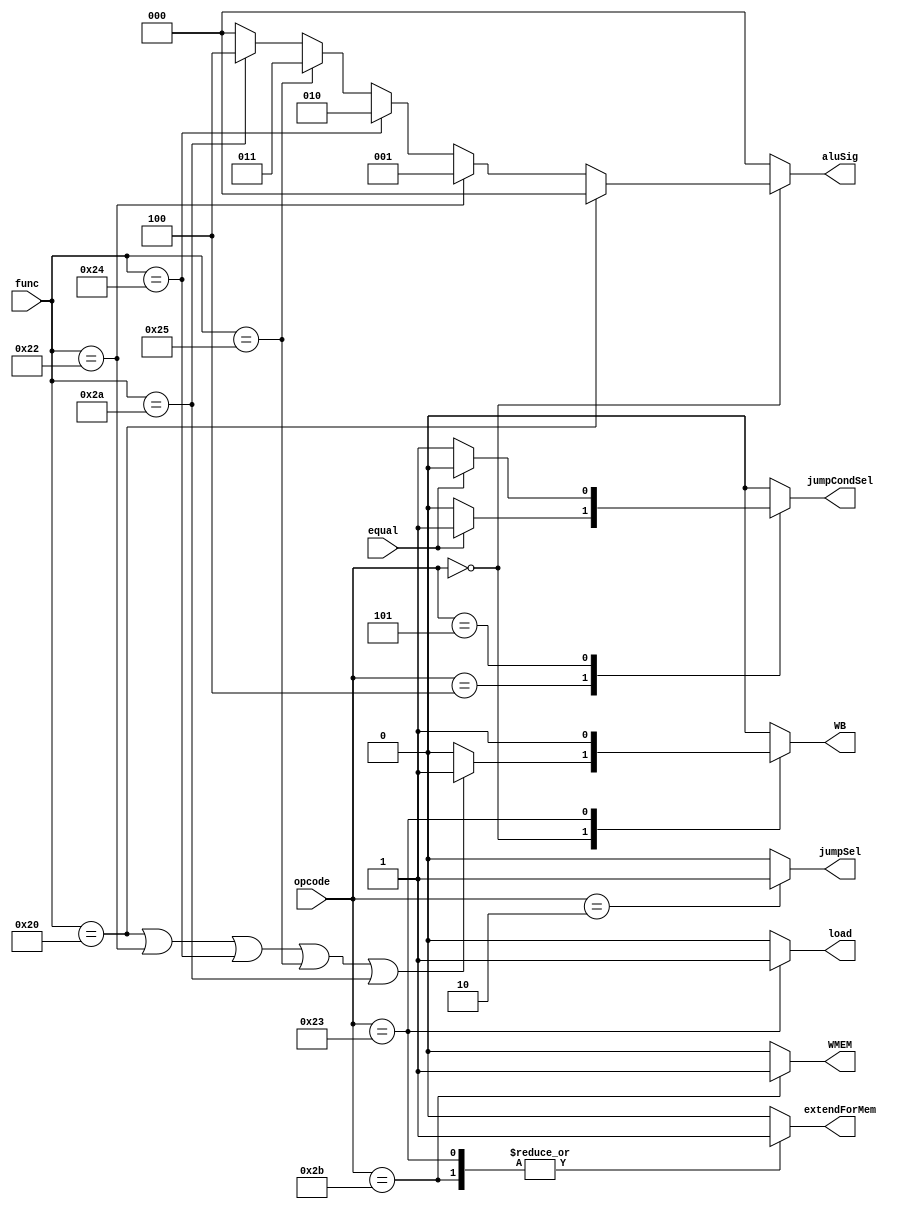
module Controller(input [5:0] opcode, func, input equal,
                output reg [2:0] aluSig, output reg WB, jumpSel, jumpCondSel, extendForMem, WMEM, load);

    initial {aluSig, WB, jumpSel, jumpCondSel, extendForMem, WMEM, load} = 9'b 0;

    always @(*) begin
        {aluSig, WB, jumpSel, jumpCondSel, extendForMem, WMEM, load} = 9'b 0;

        case (opcode)
            6'b 000000: begin
                WB = (func == 6'b 100000 | func == 6'b 100010 | func == 6'b 100100 | func == 6'b 100101 | func == 6'b 101010) ? 1 : 0;
                aluSig = (func == 6'b 100000) ? 0 :
                        (func == 6'b 100010) ? 1 :
                        (func == 6'b 100100) ? 2 :
                        (func == 6'b 100101) ? 3 :
                        (func == 6'b 101010) ? 4 : 0;
            end
            6'b 000010: begin
                jumpSel = 1;
            end
            6'b 000100: begin
                jumpCondSel = equal ? 1 : 0;
            end
            6'b 000101: begin
                jumpCondSel = equal ? 0 : 1;
            end
            6'b 100011: begin
                extendForMem = 1;
                load = 1;
                WB = 1;
            end
            6'b 101011: begin
                WMEM = 1;
                extendForMem = 1;
            end
            default : begin
                WB = 0;
                WMEM = 0; 
            end
        endcase
    end
endmodule